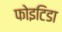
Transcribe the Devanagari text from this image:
फोइटिडा